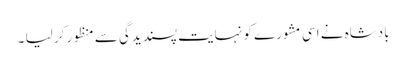
بادشاہ نے اسی مشورے کو نہایت پسندیدگی سے منظور کر لیا ۔